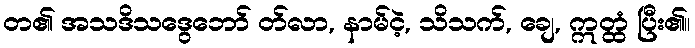
တ၏ အသဒိသဒွေဘော် တ်လာ, နာမ်ငဲ့, သိသက်, ချေ, ဣတ္ထံ ပြီး၏။